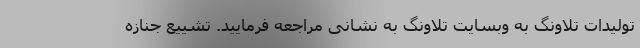
تولیدات تلاونگ به وبسایت تلاونگ به نشانی مراجعه فرمایید. تشییع جنازه